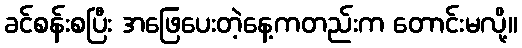
ခင်စန်းစပြီး အဖြေပေးတဲ့နေ့ကတည်းက တောင်းမလို့။